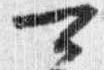
可